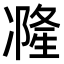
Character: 𠘓